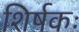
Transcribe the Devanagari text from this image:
शिर्षकः